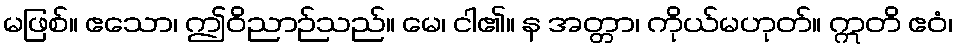
မဖြစ်။ ဧသော၊ ဤဝိညာဉ်သည်။ မေ၊ ငါ၏။ န အတ္တာ၊ ကိုယ်မဟုတ်။ ဣတိ ဧဝံ၊